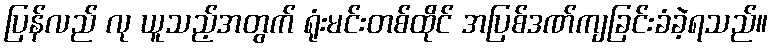
ပြန်လည် လု ယူသည့်အတွက် ရုံးမင်းတစ်ထိုင် အပြစ်ဒဏ်ကျခြင်းခံခဲ့ရသည်။